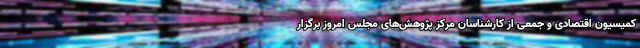
کمیسیون اقتصادی و جمعی از کارشناسان مرکز پژوهش‌های مجلس امروز برگزار